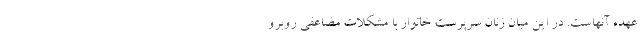
عهده آنهاست. در این میان زنان سرپرست خانوار با مشکلات مضاعفی روبرو